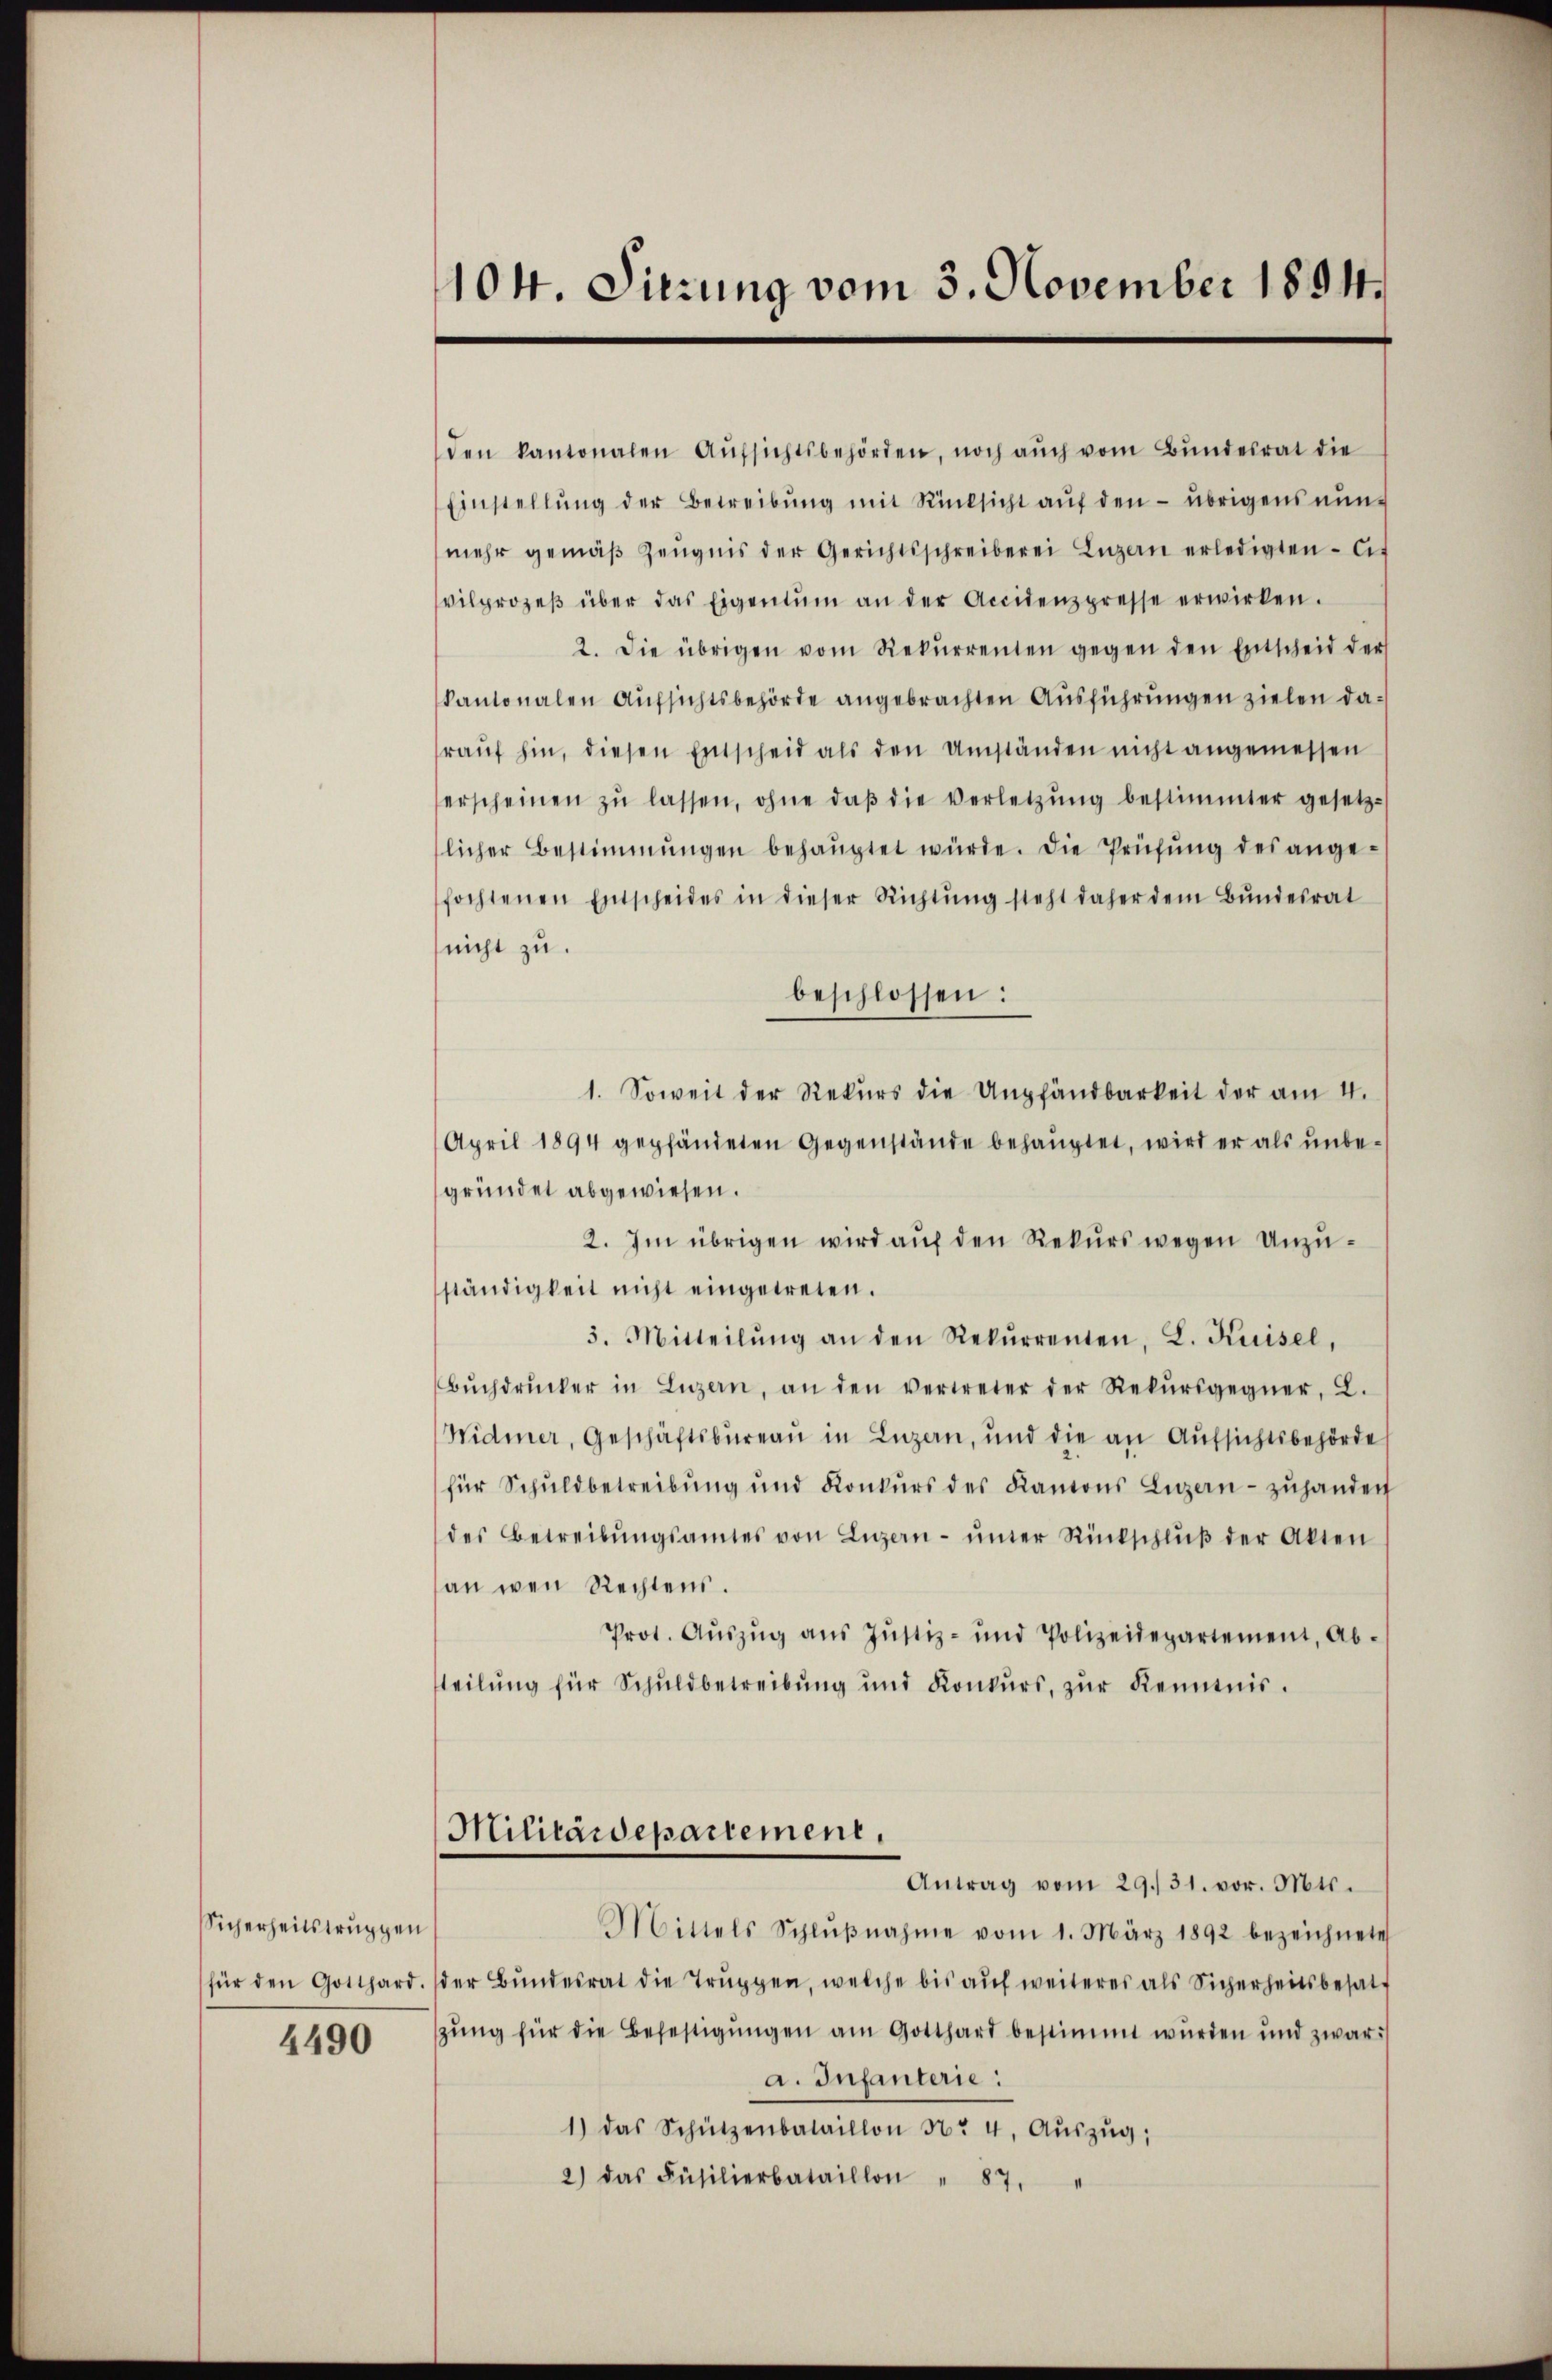
Sicherheitstruppen
4490

104. Dierung vom 3. November 1894.

den kantonalen Aŭfsichtsbehörden, noch auch vom Bundesrat die
Einstellŭng der Betreibŭng mit Rücksicht aŭf den übrigens nunmehr gemäβ Zeŭgnis der Gerichtsschreiberei Lŭzern erledigten Cit
vilprozeβ über das Eigentum an der Accidenzpresse erwirken.
2. Die übrigen vom Rekŭrrenten gegen den Entscheid der
kantonalen Aufsichtsbehörde angebrachten Ausführungen zielen daraŭf hin, diesen Entscheid als den Umständen nicht angemessen
erscheinen zŭ lassen, ohne daβ die Verletzŭng bestimmter gesetz-
licher Bestimmungen behauptet würde. Die Prüfŭng des angefochtenen Entscheides in dieser Richtŭng steht daher dem Bŭndesrat
nicht zu.
beschlossen:
1. Soweit der Rekŭrs die Ampfändbarkeit der am 4.
April 1894 gepfändeten Gegenstände behauptet, wird er als unbegründet abgewiesen.
2. Im übrigen wird aŭf den Rekurs wegen Unzu-
ständigkeit nicht eingetreten.
3. Mitteilŭng an den Rekŭrrenten, L. Kaisel,
Bŭchdrucker in Luzern, an den vertreter der Rekŭrsgegner, L.
Widmer, Geschäftsbureau in Luzern, und die an Aufsichtsbehörde
für Schuldbetreibŭng und Konkŭrs des Kantons Luzern zŭhanden
des Betreibŭngsamtes von Luzern ŭnter Rückschlŭβ der Akten
an wen Rechtens.
Prot. Aŭszŭg aŭs Jŭstiz- und Polizeidepartement, Ab-
teilung für Schuldbetreibung und Konkŭrs, zŭr Kenntnis.
Militärdepartement.
Antrag vom 29./31. vor. Mts.
Mittels Schlŭβnahme vom 1. März 1892 bezeichnete
für den Gotthard. (der Bŭndesrat die Trŭppen, welche bis aŭf weiteres als Sicherheitsbesatz
tzŭng für die Befestigŭngen am Gotthard bestimmt wurden und zwar:/
a. Infanterie:
1) das Schützenbataillon Nr 4. Aŭszŭg;
2) das Füsilierbataillon " 87.